Vabadussoja_Ajaloo_Komitee, lk 3
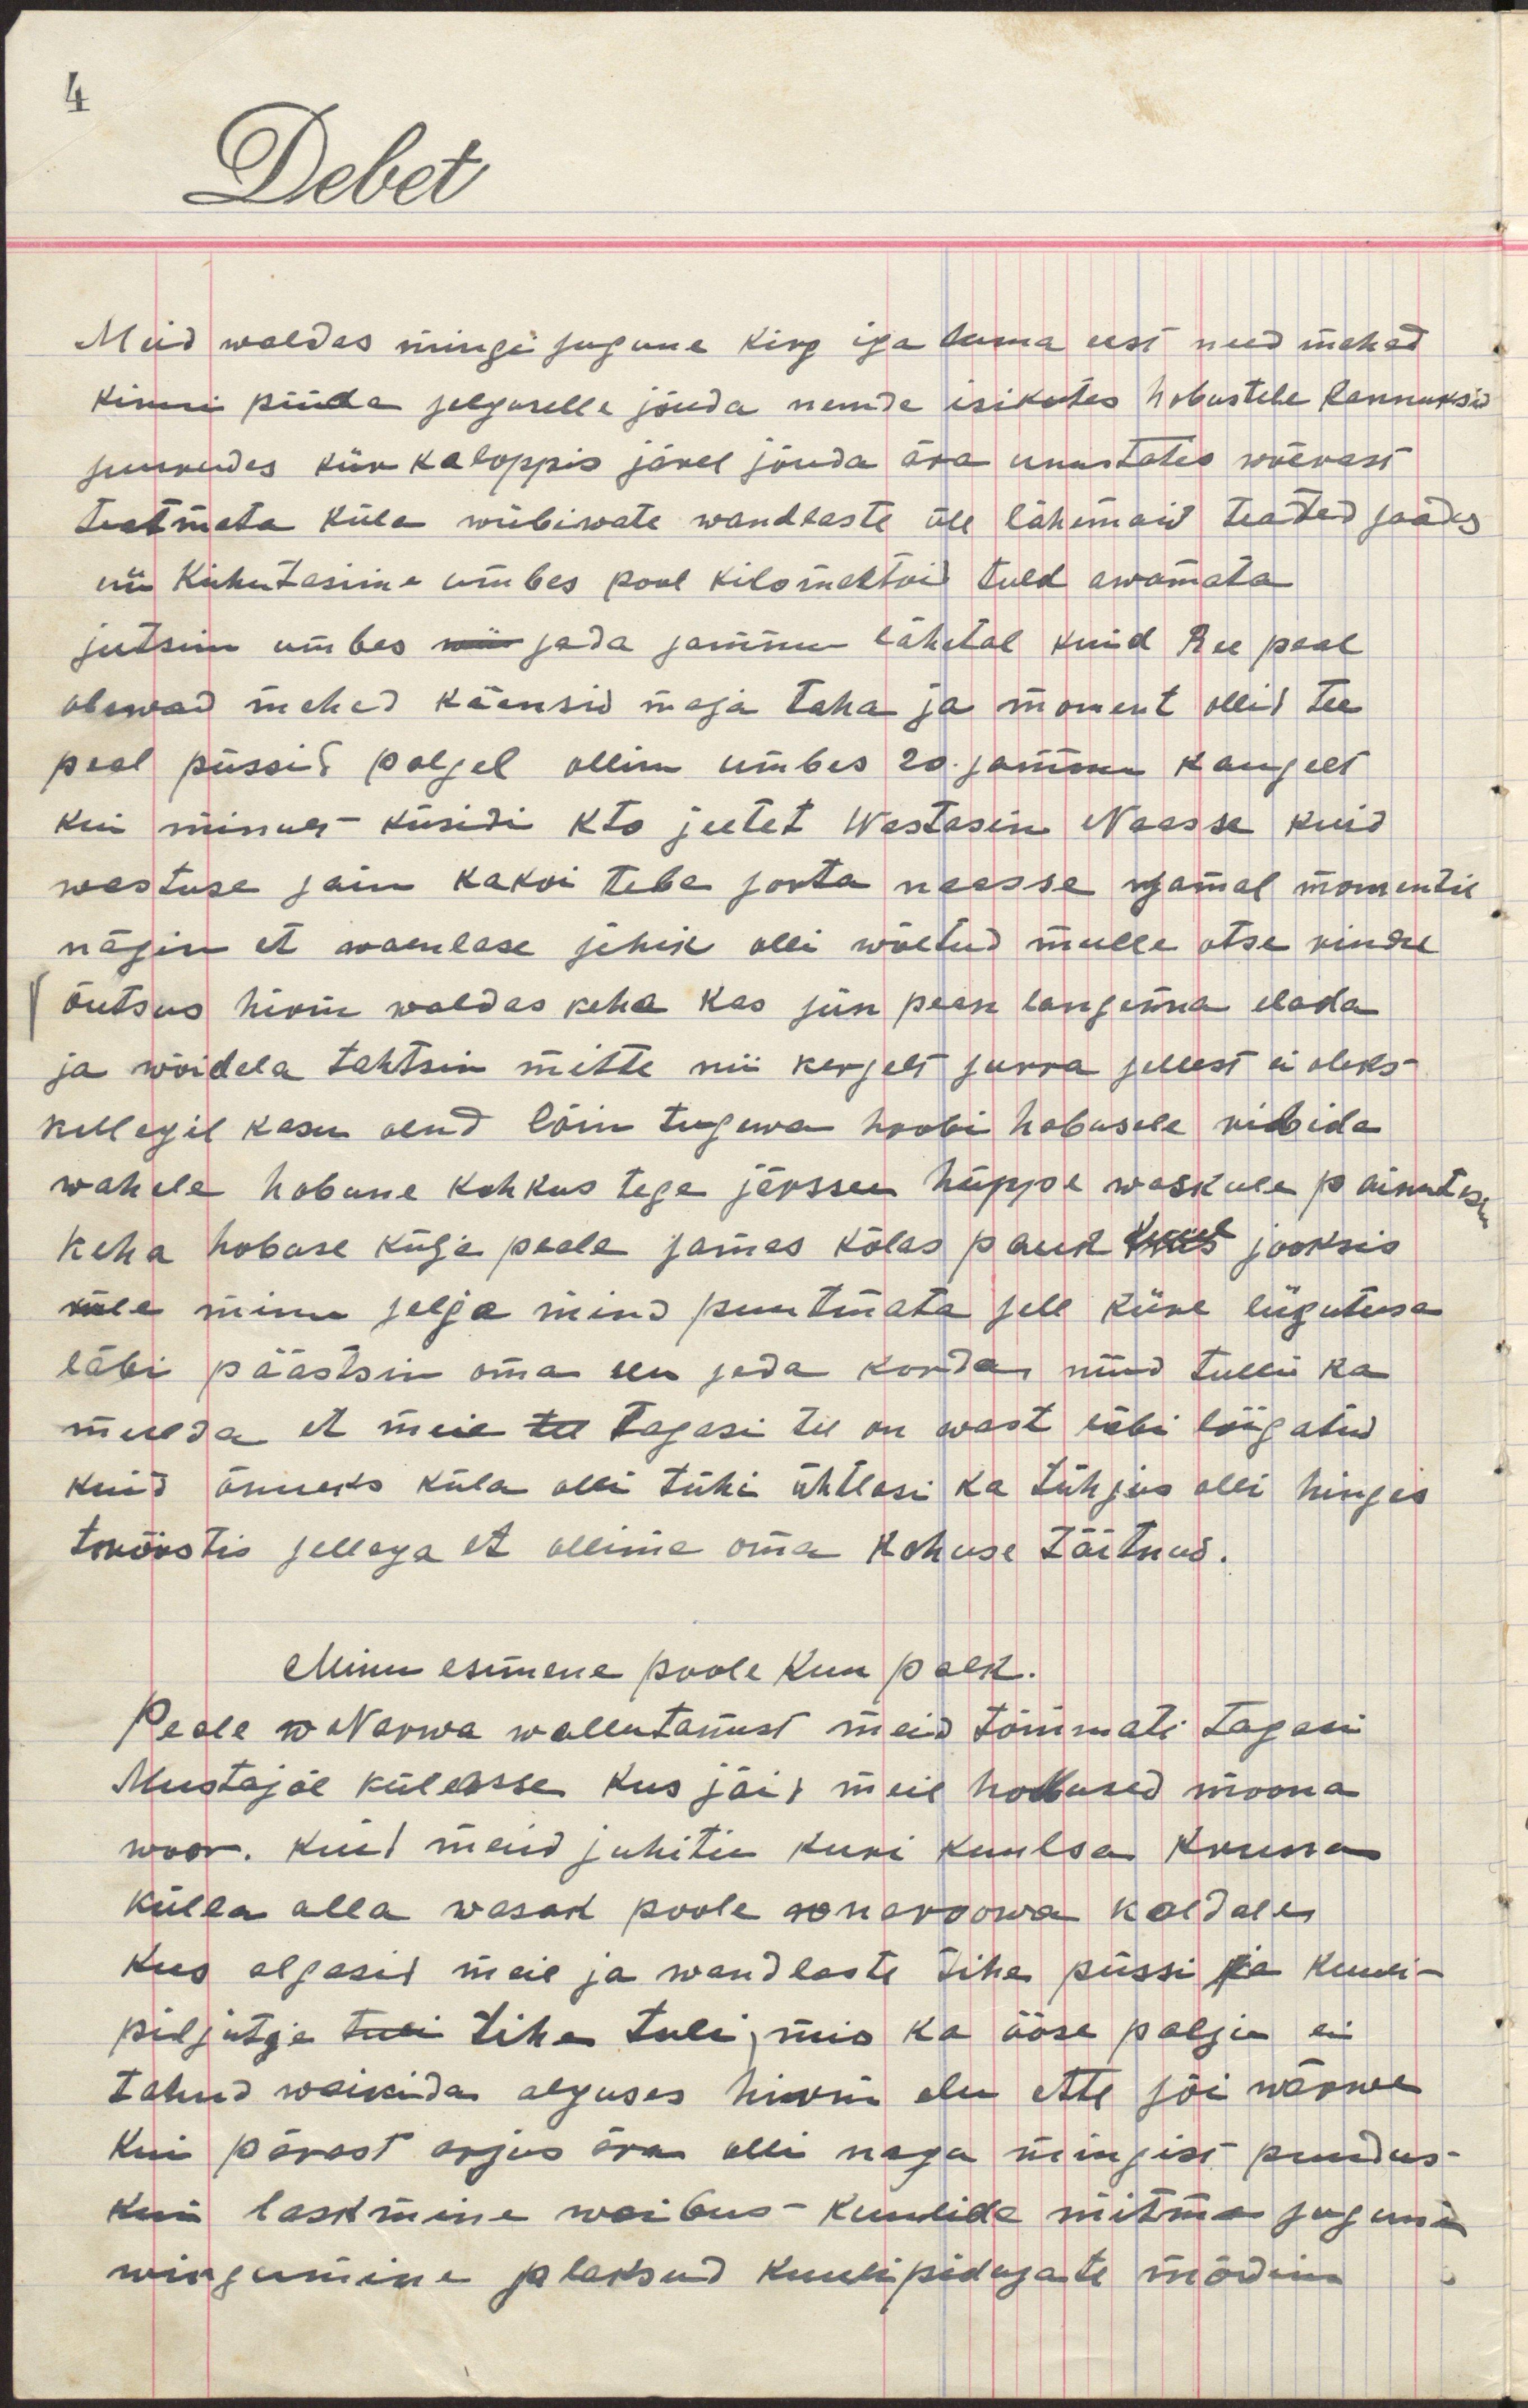
Meid waldas mingisugune kirg iga hinna eest need mehed
kinni püüda selguselle jõuda nende isikutes hobustele kannuksid
surudes kiirkaloppis järel jõuda ära unustates wõerast
teatmata küla wiibiwate waendlaste üle lähemaid teateid saades
nii kihutasin umbes pool kilomeetrid tuld awamata
jutsin umbes nii sada sammu lähetal kuid Ree peal
olewad mehed käänsid maja taha ja moment ollid Tee
peal püssid paljad ollin umbes 20 sammu kaugusel
kui minult küsiti kto judet Wastasin Naasse kuid
wastuse sain kakoi tebe sorta naasse samal momentil
nägin et waenlase sihik olli wõetud mulle otse kindel
õutsus hirm waldas keha kas siin pean langema elada
ja wõidela tahtsin mitte nii kergelt surra sellest ei oleks
kellegil kasu olnd lõin tugewa hoobi hobuse ribida
wahele hobune kohkus taga järsku hüppas waskule painutates
keha hobuse külje peale samas kõlas pauk mis jooksis
küle minu selja mind puutmata sele kiire liigutuse
läbi päästsin oma elu sada korda nüüd tulli ka
meelde et meie ta tagasi tee on wast läbi lõigatud
kuid õnneks küla olli tühi ühtlasi ka tühjus olli hinges
tröistis sellega et ollime oma kohuse täitnud.
Minu esimene poole kuu palk.
Peale Narwa wallutamist meid tõmmati tagasi
Mustajõe külasse kus jäid meie hobused moona
woor. Kuid meid juhiti kuri kuulsa Kriusa 
külla alla wasak poole ne naroowa kaldale
kus algasid meie ja waendlaste tihe püssi ja kuuli-
piljutge tuli tihe tuli; mis ka ööse palju ei
tahnd waikida alguses hirm elu ette sõi närwe
kui pärast arjus ära olli nagu mingist puudus
kui laskmine waibus kuulide mitme sugune
wingumine ja lassud kuulipidujate mõdrin